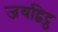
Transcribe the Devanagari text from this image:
जयद्विट्ठ